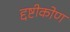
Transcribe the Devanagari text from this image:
द्दष्टीकोण